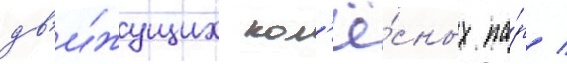
дв'и́жущих кол'ё́сных па́р /